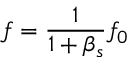
f = { \frac { 1 } { 1 + \beta _ { s } } } f _ { 0 }